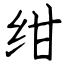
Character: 绀